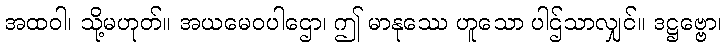
အထဝါ၊ သို့မဟုတ်။ အယမေဝပါဌော၊ ဤ မာနုဿေ ဟူသော ပါဌ်သာလျှင်။ ဒဋ္ဌဗ္ဗော၊